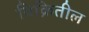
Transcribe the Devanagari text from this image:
विक्रितील